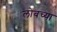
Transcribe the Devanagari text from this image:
लोबच्या